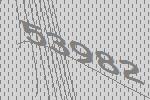
53982